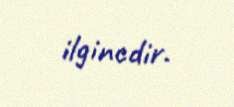
ilgincdir.